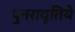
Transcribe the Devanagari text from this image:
पुनरावृतिये